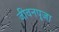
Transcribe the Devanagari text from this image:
जीवनपूजा